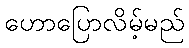
ဟောပြောလိမ့်မည်